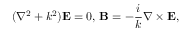
( \nabla ^ { 2 } + k ^ { 2 } ) \mathbf { E } = 0 , \, \mathbf { B } = - { \frac { i } { k } } \nabla \times \mathbf { E } ,